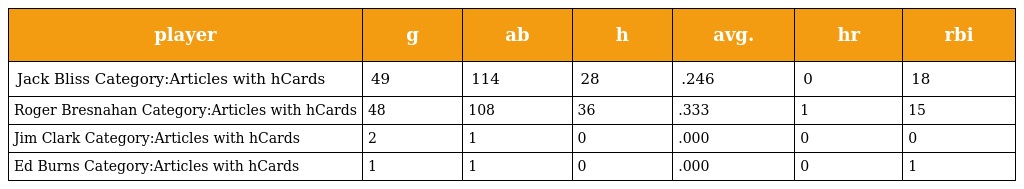
| player | g | ab | h | avg. | hr | rbi |
 | --- | --- | --- | --- | --- | --- | --- |
 | Jack Bliss Category:Articles with hCards | 49 | 114 | 28 | .246 | 0 | 18 |
 | Roger Bresnahan Category:Articles with hCards | 48 | 108 | 36 | .333 | 1 | 15 |
 | Jim Clark Category:Articles with hCards | 2 | 1 | 0 | .000 | 0 | 0 |
 | Ed Burns Category:Articles with hCards | 1 | 1 | 0 | .000 | 0 | 1 |